Indian journal of veterinary science and animal husbandry - Volumes 26-27, 1956-1957
Year: 1956
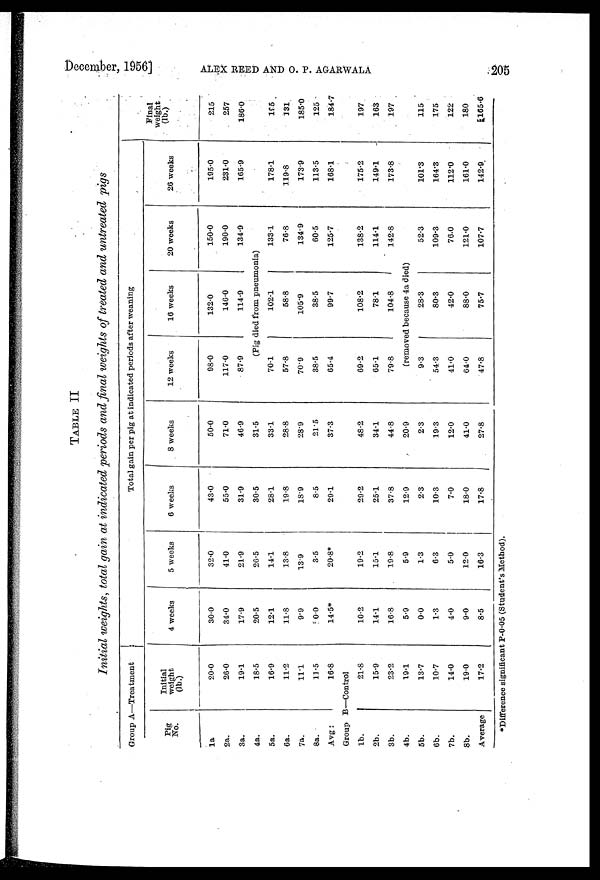
December, 1956]
ALEX
REED
AND
O.
P.
AGARWAL
205
TABLE II
Initial weights, total gain at indicated periods and final weights of treated and untreated pigs
Group A—Treatment
Pig
No.
1a
2a.
3a.
4a.
5a.
6a.
7a.
8a.
Avg :
Initial
weight
(lb.)
20.0
26.0
19.1
18.5
16.9
11.2
11.1
11.5
16.8
Group B—Control
1b.
2b.
3b.
4b.
5b.
6b.
7b.
8b.
Average
21.8
15.9
23.2
19.1
13.7
10.7
14.0
19.0
17.2
Total gain per pig at indicated periods after weaning
4 weeks
30.0
34.0
17.9
20.5
12.1
11.8
9.9
50.0
14.5*
10.2
14.1
16.8
5.9
0.0
1.3
4.0
9.0
8.5
5 weeks
32.0
41.0
21.9
26.5
14.1
13.8
13.9
3.5
20.8*
19.2
15.1
19.8
5.9
1.3
6.3
5.0
12.0
16.3
6 weeks
43.0
55.0
31.9
30.5
28.1
19.8
18.9
8.5
29.1
29.2
25.1
37.8
12.9
2.3
10.3
7.0
18.0
17.8
8 weeks
50.0
71.0
46.9
31.5
33.1
28.8
28.9
21.5
37.3
48.2
34.1
44.8
20.9
2.3
19.3
12.0
41.0
27.8
12 weeks
98.0
117.0
87.9
16 weeks
132.0
146.0
114.9
20 weeks
150.0
190.0
134.9
(Pig died from pneumonia)
70.1
57.8
70.9
38.5
65.4
69.2
65.1
79.8
102.1
58.8
105.9
38.5
99.7
108.2
78.1
104.8
133.1
76.8
134.9
60.5
125.7
138.2
114.1
142.8
(removed because 4a died)
9.3
54.3
41.0
64.0
47.8
28.3
80.3
42.0
88.0
75.7
52.3
109.3
76.0
121.0
107.7
26 weeks
195.0
231.0
165.9
178.1
119.8
173.9
113.5
168.1
175.2
149.1
173.8
101.3
164.3
112.0
161.0
142.9
Final
weight
(lb.)
215
257
186.0
195
331
185.0
125
184.7
197
163
197
115
175
122
180
165.6
*Difference significant P-0.05 (Student's Method).